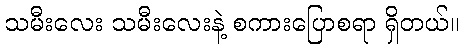
သမီးလေး သမီးလေးနဲ့ စကားပြောစရာ ရှိတယ်။